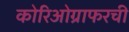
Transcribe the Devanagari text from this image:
कोरिओग्राफरची